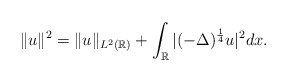
\begin{align*}\|u\|^2= \|u\|_{L^2({\mathbb R})}+\int_{\mathbb R}|(-\Delta)^{\frac{1}{4}}u|^2dx.\end{align*}